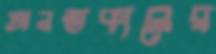
অনন্তকালের